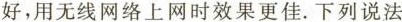
好，用无线网络上网时效果更佳。下列说法